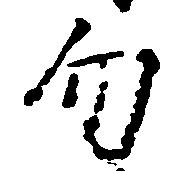
勿